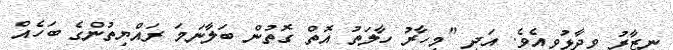
ނިޒާރު ވިދާޅުވިއެވެ. އަދި "މިހާރު ހާލަތު އޮތް ގޮތުން ބަލާނަމަ ރައްޔިތުންގެ ބަހެއް